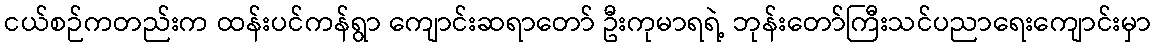
ငယ်စဉ်ကတည်းက ထန်းပင်ကန်ရွာ ကျောင်းဆရာတော် ဦးကုမာရရဲ့ ဘုန်းတော်ကြီးသင်ပညာရေးကျောင်းမှာ